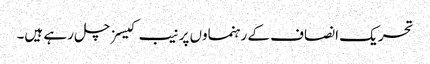
تحریک انصاف کے رہنماوں پر نیب کیسز چل رہے ہیں۔